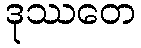
ဒုဿတေ